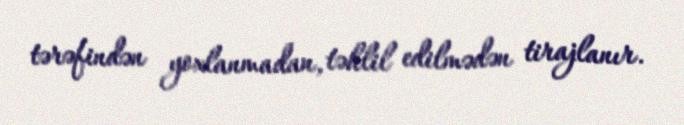
tərəfindən yoxlanmadan, təhlil edilmədən tirajlanır.